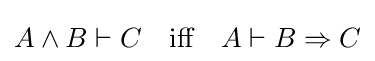
A\wedge B\vdash C\quad {\mbox{iff}}\quad A\vdash B\Rightarrow C